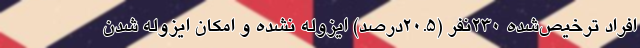
افراد ترخیص‌شده ۲۳۰نفر (۲۰.۵درصد) ایزوله نشده و امکان ایزوله شدن